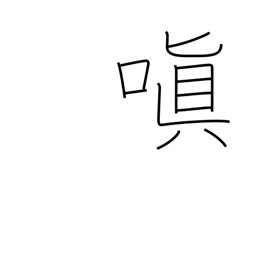
Meaning: be angry